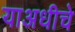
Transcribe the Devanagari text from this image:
याअधीचे